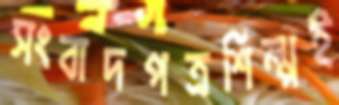
সংবাদপত্রশিল্পই